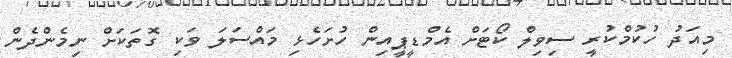
މިއަދު ހުކުމްކުރީ ސިވިލް ކޯޓަށް އެމްޑީޕީއިން ހުށަހެޅި މައްސަލަ ވަކި ގޮތަކަށް ނިމެންދެން